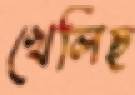
খেলিছ